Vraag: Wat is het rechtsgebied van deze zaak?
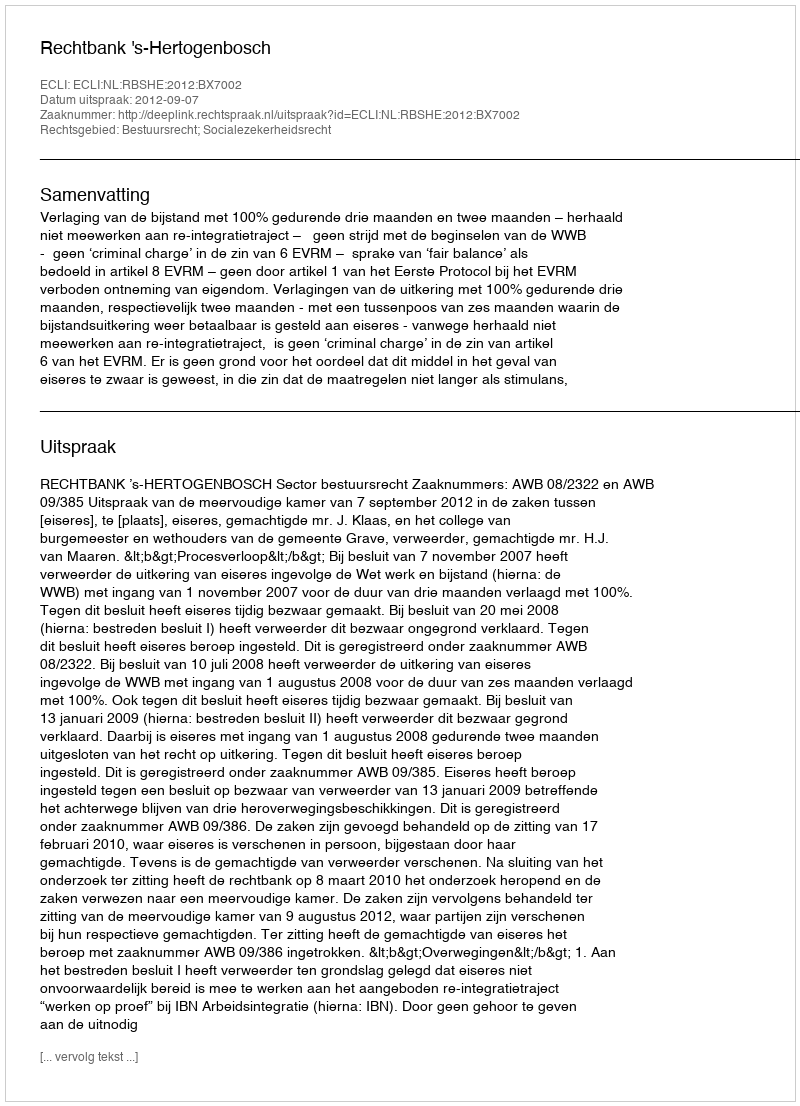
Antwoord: Bestuursrecht; Socialezekerheidsrecht